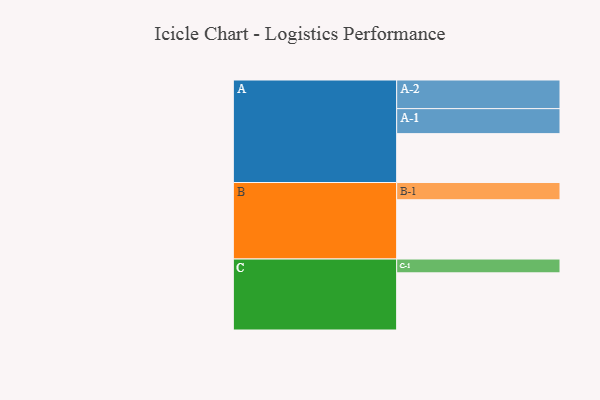
{"axis": {"x": "Segment", "y": "Value"}, "legend": ["", "A", "B", "C"], "data": [{"x": "A", "y": 485, "type": ""}, {"x": "B", "y": 588, "type": ""}, {"x": "C", "y": 567, "type": ""}, {"x": "A-1", "y": 248, "type": "A"}, {"x": "A-2", "y": 284, "type": "A"}, {"x": "B-1", "y": 171, "type": "B"}, {"x": "C-1", "y": 137, "type": "C"}]}